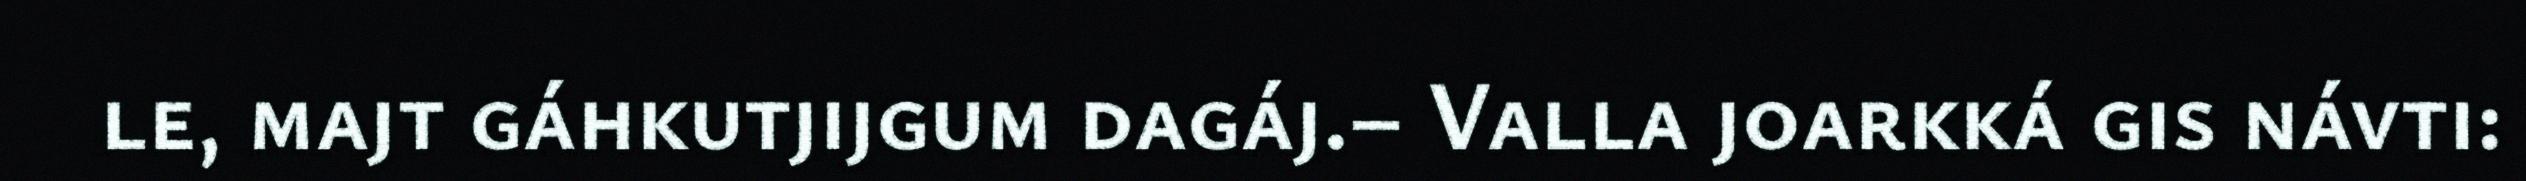
le, majt gáhkutjijgum dagáj.– Valla joarkká gis návti: